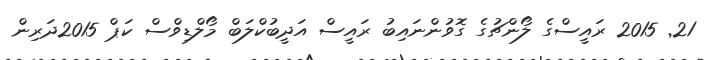
21